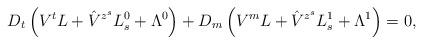
LaTeX: \begin{align*}D_t\left(V^t L+\hat{V}^{z^s} L^0_s+\Lambda^0\right)+D_m\left(V^m L+\hat{V}^{z^s} L^1_s+\Lambda^1\right)=0, \end{align*}